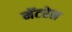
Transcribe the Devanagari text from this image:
मॅटरेल